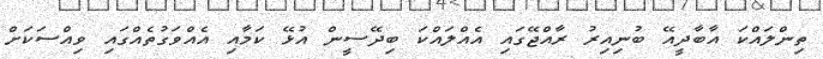
ތިންލައްކަ އާބާދީއޭ ބުނިއިރު ރާއްޖޭގައި އެއްލައްކަ ބިދޭސީން އުޅޭ ކަމާއި އެއްވަގުތެއްގައި ވިއްސަކަށް